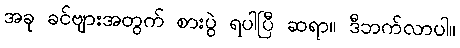
အခု ခင်ဗျားအတွက် စားပွဲ ရပါပြီ ဆရာ။ ဒီဘက်လာပါ။